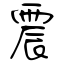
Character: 震